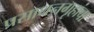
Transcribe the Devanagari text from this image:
प्रसाधनगृहांचा